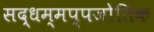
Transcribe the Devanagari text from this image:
सद्धम्मप्पजोतिक